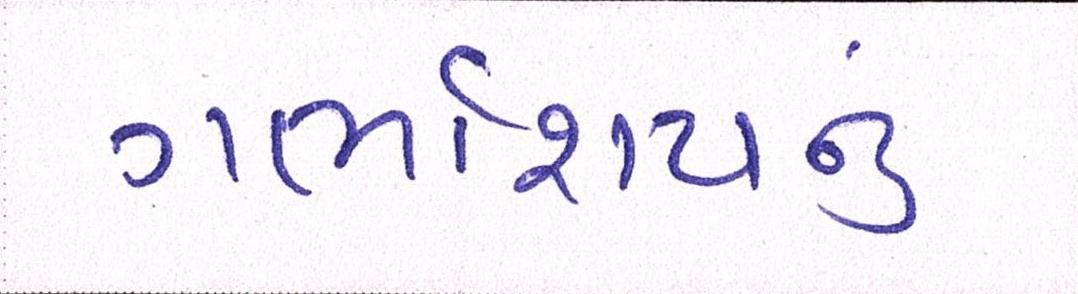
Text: ગર્ભાશયનું